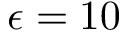
\epsilon = 1 0